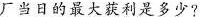
厂当日的最大获利是多少?